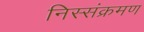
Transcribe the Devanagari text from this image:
निस्संक्रमण